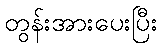
တွန်းအားပေးပြီး